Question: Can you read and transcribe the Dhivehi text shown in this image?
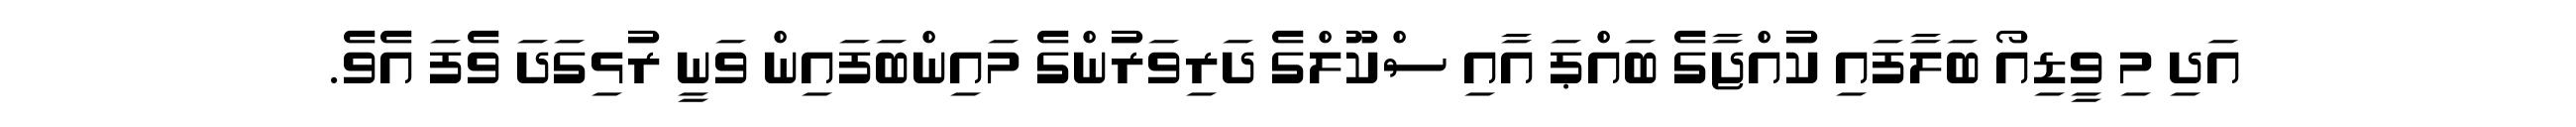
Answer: އަދި މި ވީޑިއޯ ބަލާފައި ކުއްޖާގެ ބައްޕަ އާއި ސްކޫލްގެ ދަރިވަރުންގެ މައިންބަފައިން ވަނީ ރުޅިގަދަ ވެފަ އެވެ.